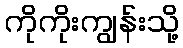
ကိုကိုးကျွန်းသို့